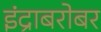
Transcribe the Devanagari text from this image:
इंद्राबरोबर